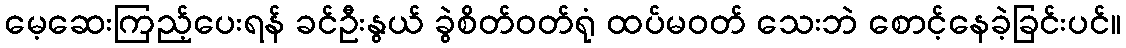
မေ့ဆေးကြည့်ပေးရန် ခင်ဦးနွယ် ခွဲစိတ်ဝတ်ရုံ ထပ်မဝတ် သေးဘဲ စောင့်နေခဲ့ခြင်းပင်။